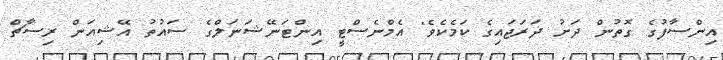
އިންސާފުގެ ގޮތުން ދަށު ދަރަޖައިގެ ކަމެކެވެ" އެމްނެސްޓީ އިންޓަނޭޝަނަލްގެ ސައުތު އޭޝިއަން ރިސާޗް